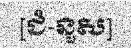
[ជំ-នួស]